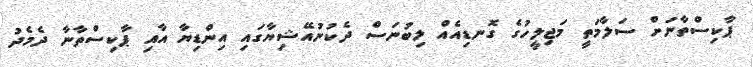
ޕާކިސްތާނަށް ސަލާމަތީ މަޖިލީހުގެ ގޮނޑިއެއް ލިބުނަސް ދެކުނުއޭޝިޔާގައި އިންޑިޔާ އާއި ޕާކިސްތާނާ ދެމެދު